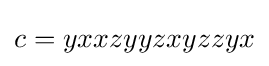
c=yxxzyyzxyzzyx